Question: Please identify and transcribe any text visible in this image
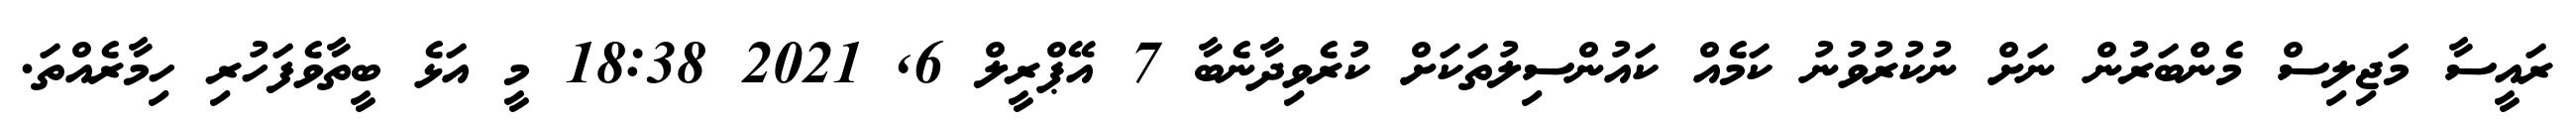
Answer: ރައީސާ މަޖިލިސް މެންބަރުން ނަށް ނުކުރުވުނު ކަމެއް ކައުންސިލުތަކަށް ކުރެވިދާނެބާ 7 އޭޕްރީލް 6, 2021 18:38 މީ އަޅެ ބީތާވެފަހުރި ހިމާރެއްތަ.